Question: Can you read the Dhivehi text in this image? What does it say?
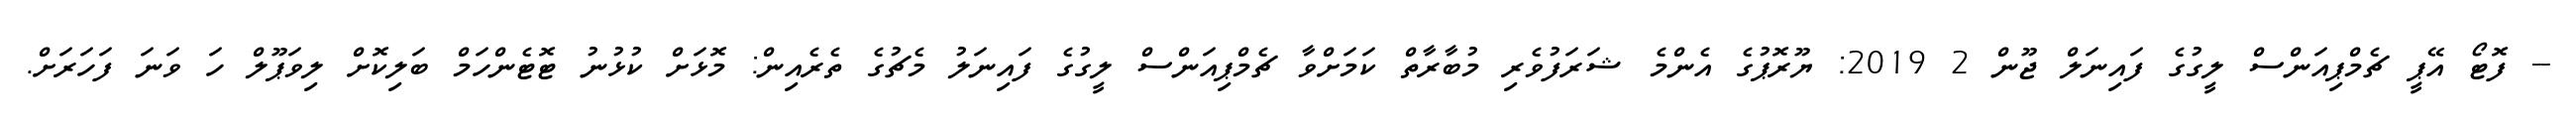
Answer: -- ފޮޓޯ އޭޕީ ޗެމްޕިއަންސް ލީގުގެ ފައިނަލް ޖޫން 2 2019: ޔޫރޮޕުގެ އެންމެ ޝަރަފުވެރި މުބާރާތް ކަމަށްވާ ޗެމްޕިއަންސް ލީގުގެ ފައިނަލު މެޗުގެ ތެރެއިން: މޮޅަށް ކުޅުނު ޓޮޓެންހަމް ބަލިކޮށް ލިވަޕޫލް ހަ ވަނަ ފަހަރަށް.